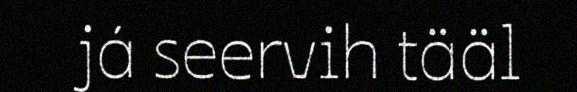
já seervih tääl